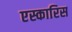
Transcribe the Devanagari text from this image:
एस्कारिस